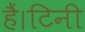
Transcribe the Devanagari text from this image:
हैं।टिनी